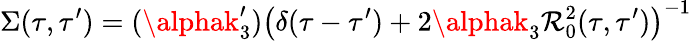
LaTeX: \Sigma(\tau,\tau^{\prime})=(\alphak_{3}^{\prime})\left(\delta(\tau-\tau^{\prime})+2\alphak_{3}\mathcal{R}_{0}^{2}(\tau,\tau^{\prime})\right)^{-1}